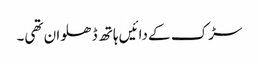
سڑک کے دائیں ہاتھ ڈھلوان تھی۔